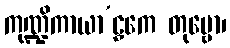
ကုဏ္ဍိကာယာ’ဠှကေ တုမ္ဗော၊